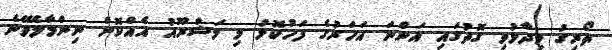
ތޯރިގު ވިދާޅުވި ގޮތުގައި އަންނަ އަހަރުގެ ފަހުކޮޅު މި މަޝްރޫއު އެއްކޮށް ނިންމާލެވޭނެ